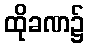
ထိုခဏ၌